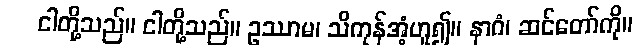
ငါတို့သည်။ ငါတို့သည်။ ဥဿာမ၊ သိကုန်အံ့ဟူ၍။ နာဂံ၊ ဆင်တော်ကို။